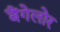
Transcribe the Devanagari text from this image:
बैंगेलोर